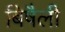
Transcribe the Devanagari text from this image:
बिषैली